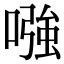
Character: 𠼢